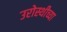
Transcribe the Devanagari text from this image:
उरोस्थीच्या